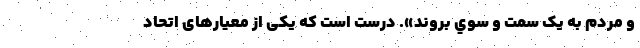
و مردم به يک سمت و سوي بروند». درست است که یکی از معیارهای اتحاد